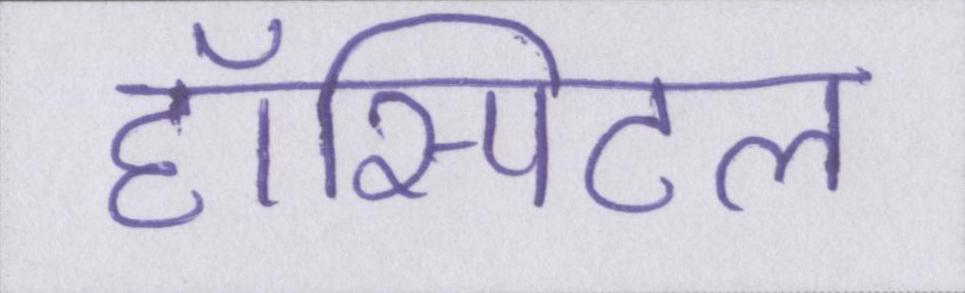
हॉस्पिटल